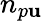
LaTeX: n_{p\mathbf{u}}